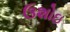
ઉશોઇ